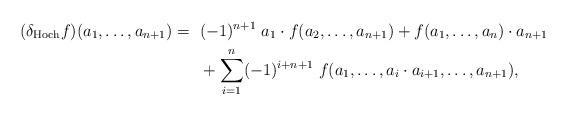
LaTeX: \begin{align*}(\delta_\mathrm{Hoch} f) (a_1, \ldots, a_{n+1}) =~& (-1)^{n+1} ~ a_1 \cdot f (a_2, \ldots, a_{n+1}) + f(a_1, \ldots, a_n) \cdot a_{n+1} \\~&+ \sum_{i=1}^n (-1)^{i+n+1} ~ f (a_1, \ldots, a_i \cdot a_{i+1}, \ldots , a_{n+1}),\end{align*}